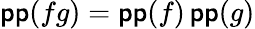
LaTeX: \operatorname{\mathsf{p}\mathsf{p}}(fg)=\operatorname{\mathsf{p}\mathsf{p}}(f)\operatorname{\mathsf{p}\mathsf{p}}(g)